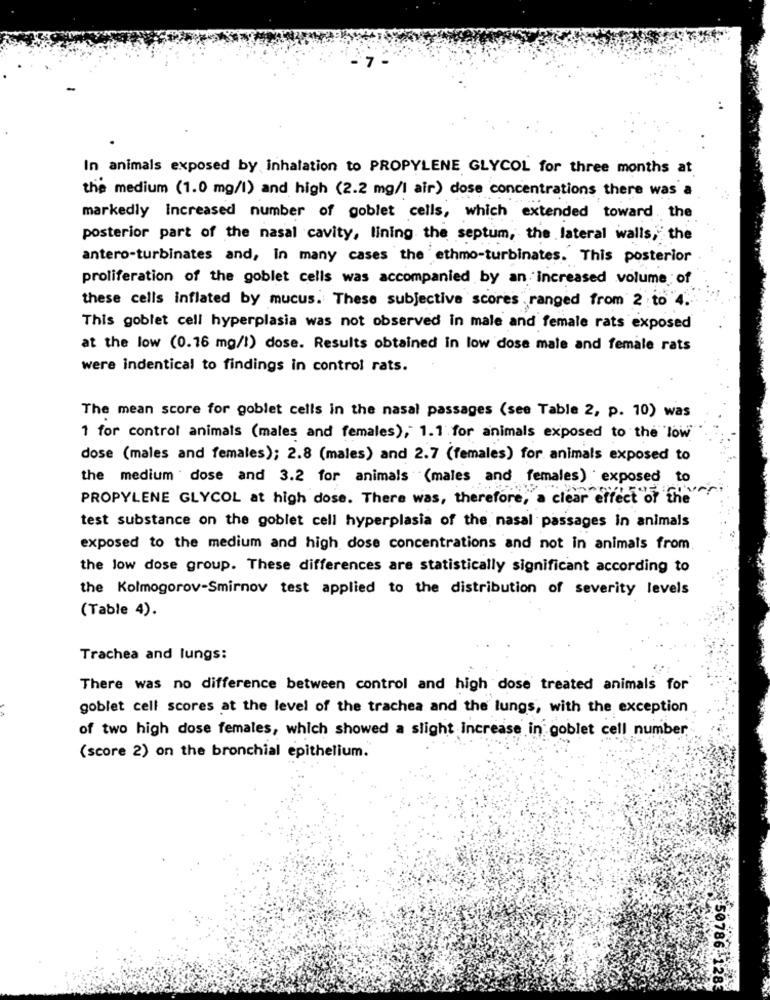
In animals exposed by inhalation to PROPYLENE GLYCOL for three months at
the medium (1.0 mg/l) and high (2.2 mg/l air) dose concentrations there was a
markedly increased number of goblet cells, which extended toward, the
posterior part of the nasal cavity, lining the septum, the lateral walls, the
antero-turbinates and, In many cases the ethmo-turbinates. This posterior
proliferation of the goblet cells was accompanied by an increased volume of
these cells inflated by mucus. These subjective scores , ranged from 2 to 4.
This goblet cell hyperplasia was not observed in male and female rats exposed
at the low (0.16 mg/!) dose. Results obtained in low dose male and female rats
were indentical to findings in control rats.
The mean score for goblet cells in the nasal passages (see Table 2, p. 10) was
1 for control animals (males and females), 1.1 for animals exposed to the low
dose (males and females); 2.8 (males) and 2.7 (females) for animals exposed to
the medium dose and 3.2 for animals (males and females) exposed to
PROPYLENE GLYCOL at high dose. There was, therefore, a clear effect of the
test substance on the goblet cell hyperplasia of the nasal passages in animals
exposed to the medium and high dose concentrations and not in animals from
the low dose group. These differences are statistically significant according to
the Kolmogorov-Smirnov test applied to the distribution of severity levels
(Table 4).
Trachea and lungs:
There was no difference between control and high dose treated animals for
goblet cell scores at the level of the trachea and the lungs, with the exception
of two high dose females, which showed a slight increase in goblet cell number
(score 2) on the bronchial epithelium.
50786